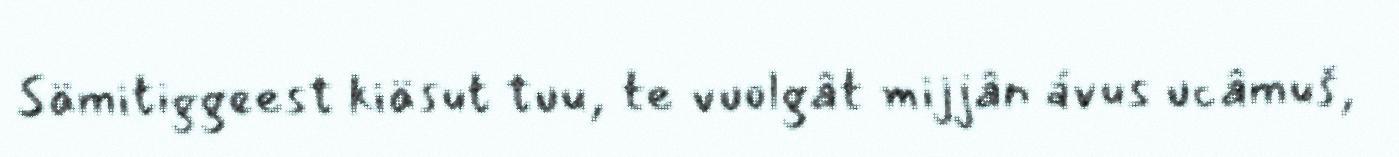
Sämitiggeest kiäsut tuu, te vuolgât mijjân ávus ucâmuš,